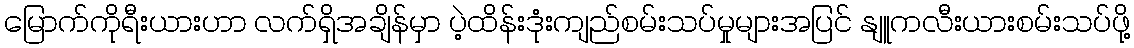
မြောက်ကိုရီးယားဟာ လက်ရှိအချိန်မှာ ပဲ့ထိန်းဒုံးကျည်စမ်းသပ်မှုများအပြင် နျူကလီးယားစမ်းသပ်ဖို့